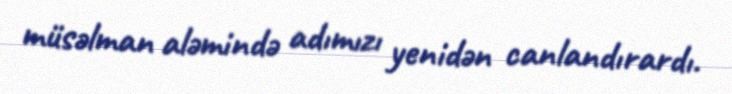
müsəlman aləmində adımızı yenidən canlandırardı.